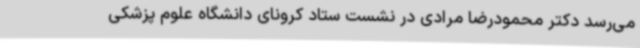
می‌رسد دکتر محمودرضا مرادی در نشست ستاد کرونای دانشگاه علوم پزشکی